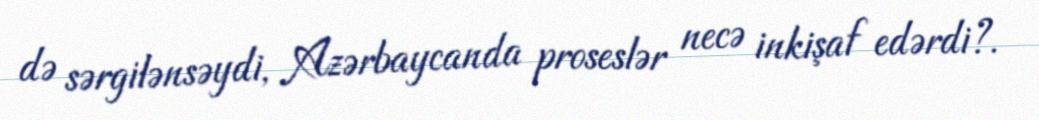
də sərgilənsəydi, Azərbaycanda proseslər necə inkişaf edərdi?.